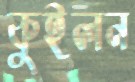
কুইলন